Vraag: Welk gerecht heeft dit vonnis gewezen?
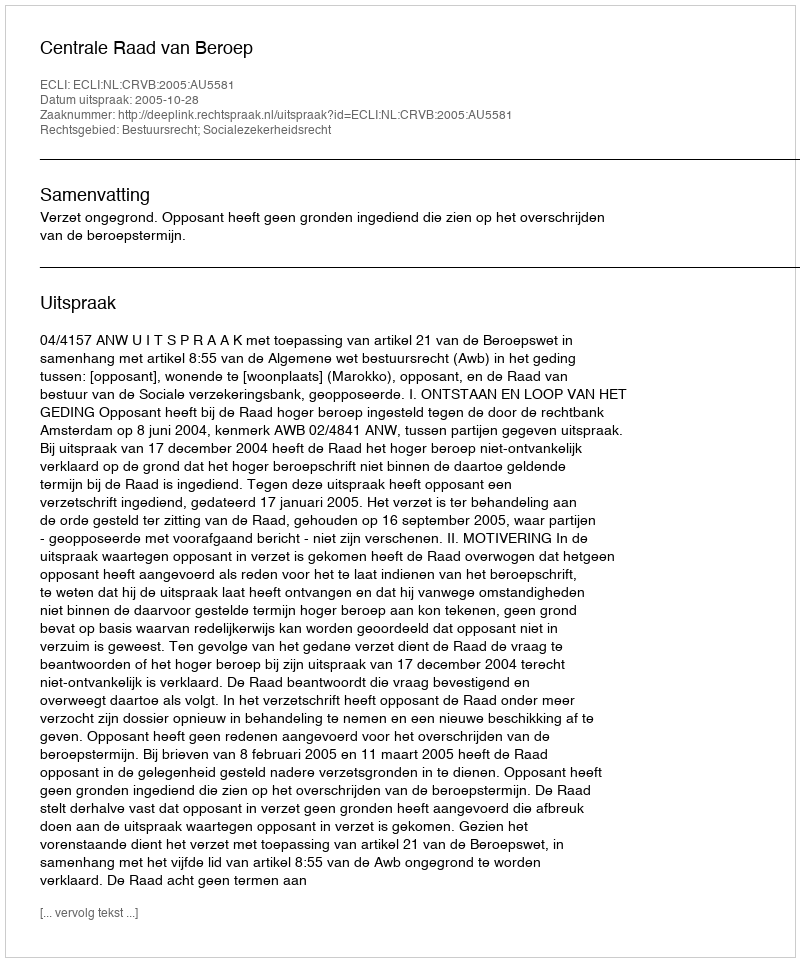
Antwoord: Centrale Raad van Beroep